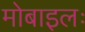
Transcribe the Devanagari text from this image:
मोबाइलः